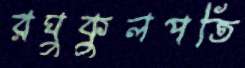
রঘুকুলপতি